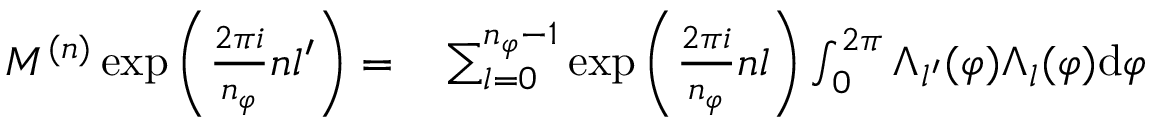
\begin{array} { r l } { M ^ { ( n ) } \exp { \left( \frac { 2 \pi i } { n _ { \varphi } } n l ^ { \prime } \right) } = } & { { } \sum _ { l = 0 } ^ { n _ { \varphi } - 1 } \exp { \left( \frac { 2 \pi i } { n _ { \varphi } } n l \right) } \int _ { 0 } ^ { 2 \pi } \Lambda _ { l ^ { \prime } } ( \varphi ) \Lambda _ { l } ( \varphi ) \mathrm { d } \varphi } \end{array}